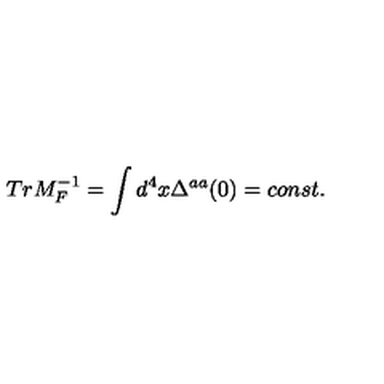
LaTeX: T r M _ { F } ^ { - 1 } = \int d ^ { 4 } x \Delta ^ { a a } ( 0 ) = c o n s t .